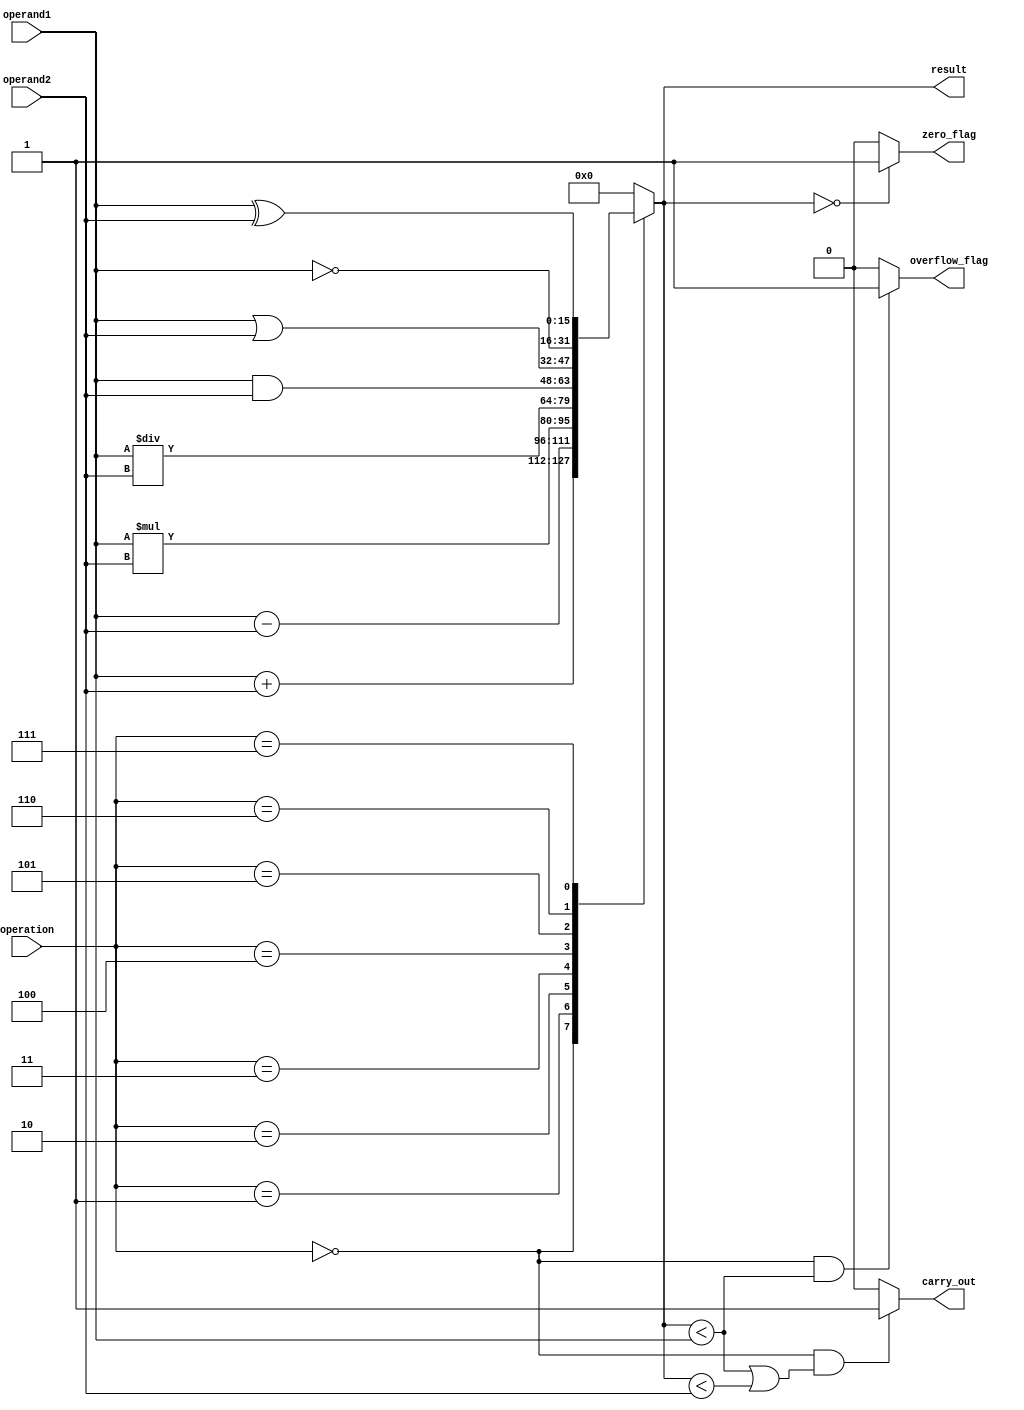
module ALU_16bit (
    input [15:0] operand1,
    input [15:0] operand2,
    input [3:0] operation,
    output [15:0] result,
    output carry_out,
    output zero_flag,
    output overflow_flag
);

reg [15:0] result;
reg carry_out;
reg zero_flag;
reg overflow_flag;

always @(*) begin
    case(operation)
        0: result = operand1 + operand2; // addition
        1: result = operand1 - operand2; // subtraction
        2: result = operand1 * operand2; // multiplication
        3: result = operand1 / operand2; // division
        4: result = operand1 & operand2; // bitwise AND
        5: result = operand1 | operand2; // bitwise OR
        6: result = ~operand1; // bitwise NOT
        7: result = operand1 ^ operand2; // bitwise XOR
        default: result = 16'b0;
    endcase
    
    carry_out = (operation == 0 && (result < operand1 || result < operand2)) ? 1'b1 : 1'b0;
    zero_flag = (result == 16'b0) ? 1'b1 : 1'b0;
    overflow_flag = (operation == 0 && result < operand1) ? 1'b1 : 1'b0;
end

assign result = result;

endmodule